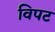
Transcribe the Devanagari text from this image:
विपट